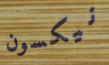
نيكسون